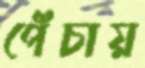
পেঁচায়